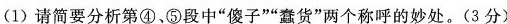
(1)请简要分析第④，⑤段中”傻子””蠢货”两个称呼的妙处。(3分)